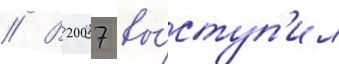
// В 2007 вы́ступ'ил